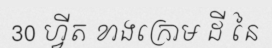
30 ហ្វីត ខាងក្រោម ដី នៃ